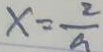
x = \frac { 2 } { a }